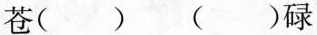
苍() ()碌